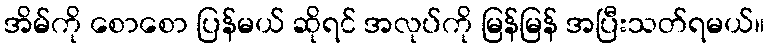
အိမ်ကို စောစော ပြန်မယ် ဆိုရင် အလုပ်ကို မြန်မြန် အပြီးသတ်ရမယ်။